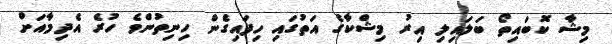
މިޝާ ކޮބައިތޯ ބަލައިލި އިރު މިޝްކާގެ އަތުގައި ހިފައިގެން ހިނިތުންވެ ހުރެ އެދިމާއަށް